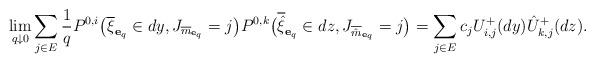
LaTeX: \begin{align*}\lim_{q\downarrow0} \sum_{j\in E}\frac{1}{q}{P}^{0,i}\big(\overline{\xi}_{\mathbf{e}_q} \in dy, J_{\overline{m}_{\mathbf{e}_q}}=j\big){P}^{0,k}\big(\overline{\hat\xi}_{\mathbf{e}_q} \in dz, J_{\overline{\hat{m}}_{\mathbf{e}_q}} =j\big) = \sum_{j\in E}c_j U^+_{i,j}(dy)\hat{U}^+_{k,j}(dz).\end{align*}